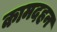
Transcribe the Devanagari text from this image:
कामदहन